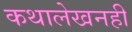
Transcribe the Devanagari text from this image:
कथालेखनही